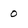
Character: 0